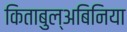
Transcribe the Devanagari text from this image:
किताबुल्अबिनिया